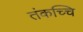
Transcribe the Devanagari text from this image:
तंकच्चि